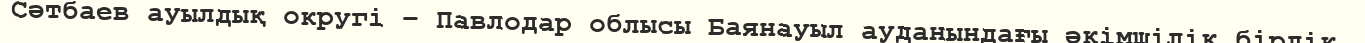
Сәтбаев ауылдық округі – Павлодар облысы Баянауыл ауданындағы әкімшілік бірлік.